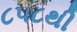
૮૫૮થી